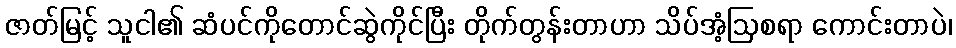
ဇာတ်မြင့် သူငါ၏ ဆံပင်ကိုတောင်ဆွဲကိုင်ပြီး တိုက်တွန်းတာဟာ သိပ်အံ့ဩစရာ ကောင်းတာပဲ၊